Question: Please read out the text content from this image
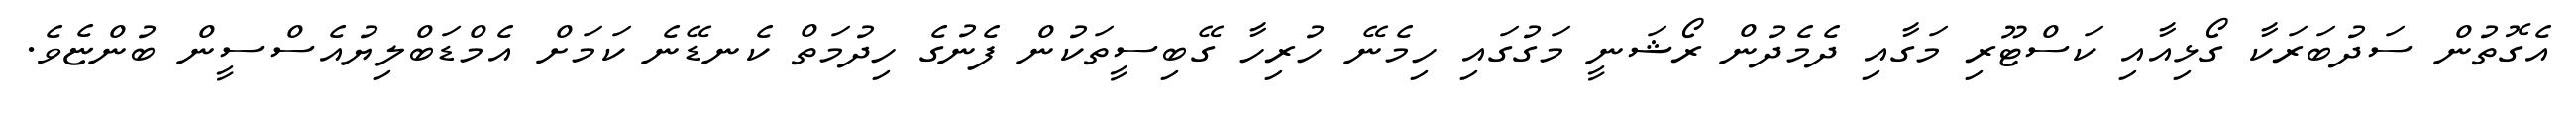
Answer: އެގޮތުން ސަދުބަރަކާ ގޯޅިއާއި ކަސްޓޫރި މަގާއި ދެމެދުން ރޯޝަނީ މަގުގައި ހިމެނޭ ހުރިހާ ގޭބިސީތަކުން ފެނުގެ ހިދުމަތް ކެނޑޭނެ ކަމަށް އެމްޑަބްލިޔުއެސްސީން ބުންޏެވެ.